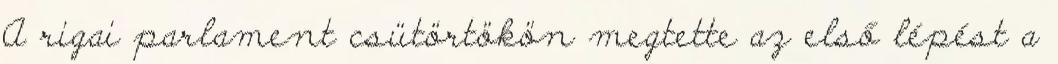
A rigai parlament csütörtökön megtette az első lépést a